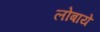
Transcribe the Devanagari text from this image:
लोबाये